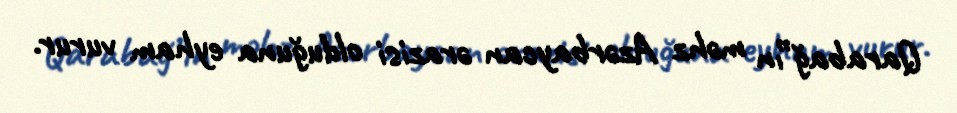
Qarabağ”ın məhz Azərbaycan ərazisi olduğuna eyham vurur.